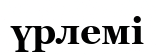
үрлемі